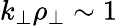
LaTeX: k_{\perp}\rho_{\perp}\sim 1